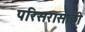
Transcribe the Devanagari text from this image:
परिसरासाही